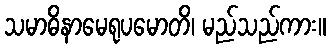
သမာဓိနာမေရုပမောတိ၊ မည်သည်ကား။